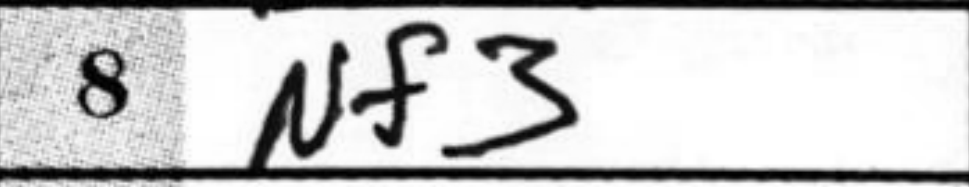
Transcription: Nf3